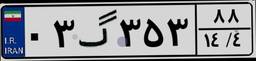
۰۳گ۳۵۳۸۸